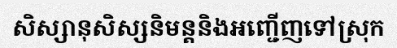
សិស្សានុសិស្សនិមន្តនិងអញ្ជើញទៅស្រុក